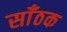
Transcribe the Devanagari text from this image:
साँठक